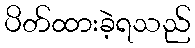
ပိတ်ထားခဲ့ရသည်